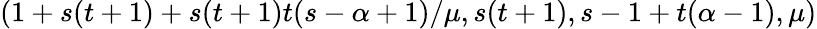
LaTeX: (1+s(t+1)+s(t+1)t(s-\alpha+1)/\mu,s(t+1),s-1+t(\alpha-1),\mu)